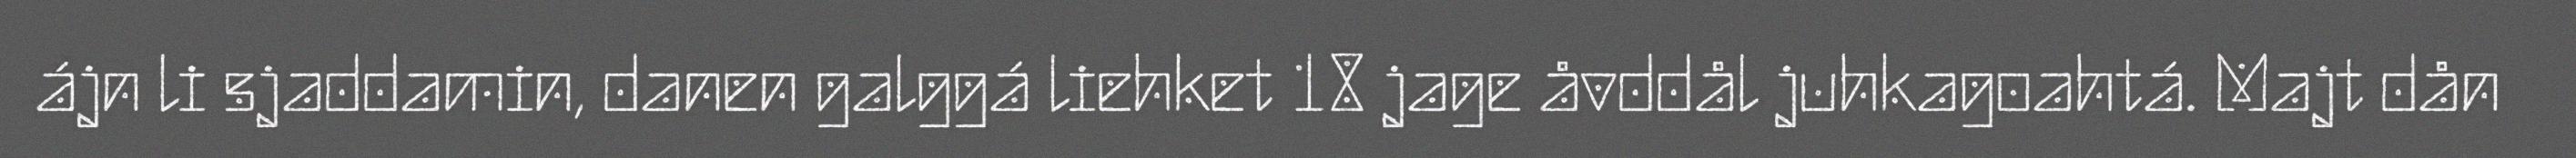
ájn li sjaddamin, danen galggá liehket 18 jage åvddål juhkagoahtá. Majt dån